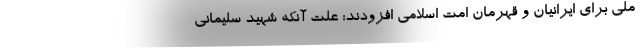
ملی برای ایرانیان و قهرمان امت اسلامی افزودند: علت آنکه شهید سلیمانی